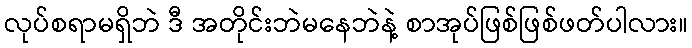
လုပ်စရာမရှိဘဲ ဒီ အတိုင်းဘဲမနေဘဲနဲ့ စာအုပ်ဖြစ်ဖြစ်ဖတ်ပါလား။